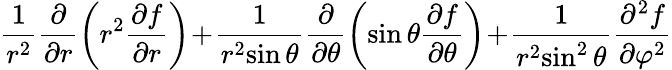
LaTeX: {\frac{1}{r^{2}}}{\frac{\partial}{\partial r}}\! \left(r^{2}{\frac{\partial f}{\partial r}}\right)\! +\! {\frac{1}{r^{2}\! \sin\theta}}{\frac{\partial}{\partial\theta}}\! \left(\sin\theta{\frac{\partial f}{\partial\theta}}\right)\! +\! {\frac{1}{r^{2}\! \sin^{2}\theta}}{\frac{\partial^{2}f}{\partial\varphi^{2}}}